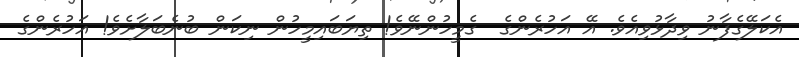
އެކަލޭގެފާނު ވިދާޅުވިއެވެ. އޭ އަހުރެންގެ  ގެމީހުންނޭވެ! ތިޔަބައިމީހުން ނިކަން ބުނެބަލާށެވެ! އަހުރެންގެ